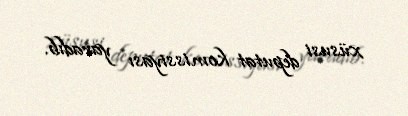
xüsusi deputat komissiyası yaradıb.